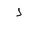
Letter: _thal